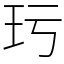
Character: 㺮